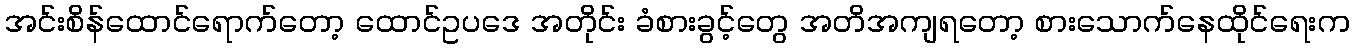
အင်းစိန်ထောင်ရောက်တော့ ထောင်ဥပဒေ အတိုင်း ခံစားခွင့်တွေ အတိအကျရတော့ စားသောက်နေထိုင်ရေးက